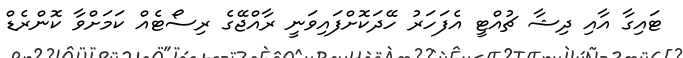
ޓައިގާ އާއި ދިޝާ ޗުއްޓީ އެފަހަރު ހޭދަކޮށްފައިވަނީ ރާއްޖޭގެ ރިސޯޓެއް ކަމަށްވާ ކޮންރެޑް